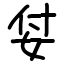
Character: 姇